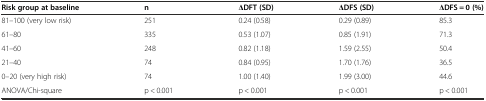
<table><thead><tr><td><b>Risk group at baseline</b></td><td><b>n</b></td><td><b>ΔDFT (SD)</b></td><td><b>ΔDFS (SD)</b></td><td><b>ΔDFS = 0 (%)</b></td></tr></thead><tbody><tr><td>81–100 (very low risk)</td><td>251</td><td>0.24 (0.58)</td><td>0.29 (0.89)</td><td>85.3</td></tr><tr><td>61–80</td><td>335</td><td>0.53 (1.07)</td><td>0.85 (1.91)</td><td>71.3</td></tr><tr><td>41–60</td><td>248</td><td>0.82 (1.18)</td><td>1.59 (2.55)</td><td>50.4</td></tr><tr><td>21–40</td><td>74</td><td>0.84 (0.95)</td><td>1.70 (1.76)</td><td>36.5</td></tr><tr><td>0–20 (very high risk)</td><td>74</td><td>1.00 (1.40)</td><td>1.99 (3.00)</td><td>44.6</td></tr><tr><td>ANOVA/Chi-square</td><td>p &lt; 0.001</td><td>p &lt; 0.001</td><td>p &lt; 0.001</td><td>p &lt; 0.001</td></tr></tbody></table>